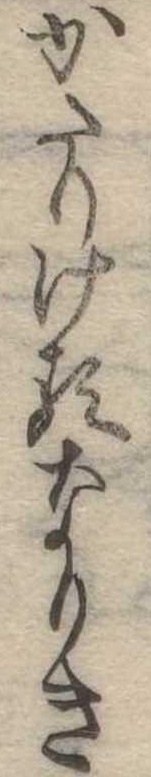
かたりけるなりき